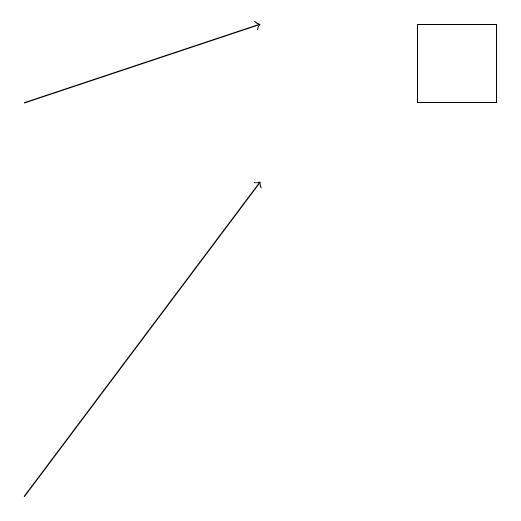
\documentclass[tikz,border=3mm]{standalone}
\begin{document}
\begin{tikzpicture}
\draw[->] (2,15) -- (5,16);
\draw (7,16) rectangle (8,15);
\draw[->] (2,10) -- (5,14);
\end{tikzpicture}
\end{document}